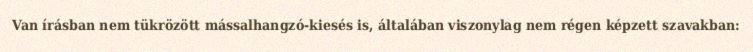
Van írásban nem tükrözött mássalhangzó-kiesés is, általában viszonylag nem régen képzett szavakban: